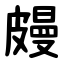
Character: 㿸